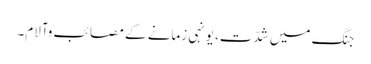
جنگ میں شدّت، یونہی زمانے کے مصائب وآلام۔